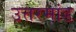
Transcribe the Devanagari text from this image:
उत्तरमांड